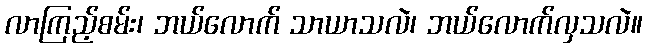
လာကြည့်စမ်း၊ ဘယ်လောက် သာယာသလဲ၊ ဘယ်လောက်လှသလဲ။